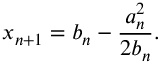
x _ { n + 1 } = b _ { n } - { \frac { a _ { n } ^ { 2 } } { 2 b _ { n } } } .